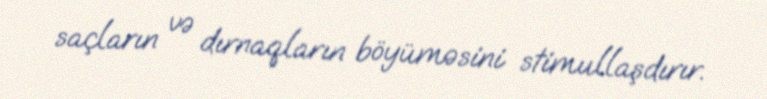
saçların və dırnaqların böyüməsini stimullaşdırır.